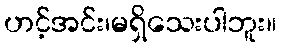
ဟင့်အင်း၊မရှိသေးပါဘူး။